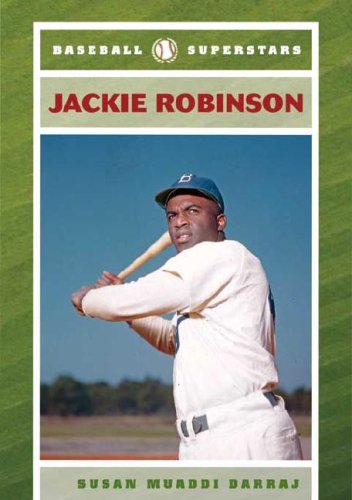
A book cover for Jackie Robinson (Baseball Superstars); Susan Muaddi Darraj; Teen & Young Adult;